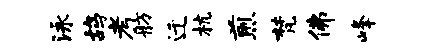
泳鸪考舫迁杭煎梵佛峰